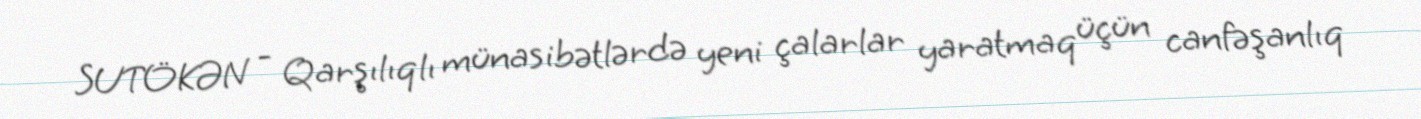
SUTÖKƏN - Qarşılıqlı münasibətlərdə yeni çalarlar yaratmaq üçün canfəşanlıq